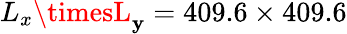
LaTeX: L_{x}\timesL_{\mathbf{y}}=409.6\times409.6